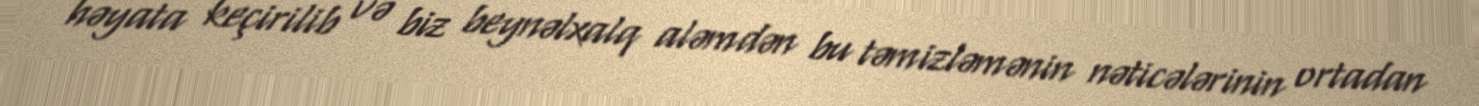
həyata keçirilib və biz beynəlxalq aləmdən bu təmizləmənin nəticələrinin ortadan